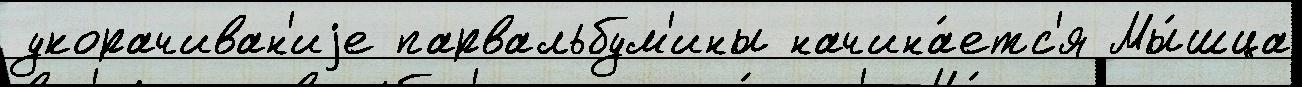
укорачиван'иjе парвальбум'ины начина́етс'я Мы́шца